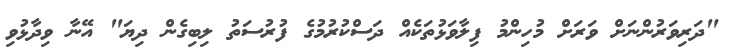
"ދަރިވަރުންނަށް ވަރަށް މުހިންމު ފިލާވަޅުތަކެއް ދަސްކުރުމުގެ ފުރުސަތު ލިބިގެން ދިޔަ" އޭނާ ވިދާޅުވި